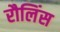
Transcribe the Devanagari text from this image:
रौलिंस